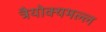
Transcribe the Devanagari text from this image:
त्रैयोक्यमल्ल